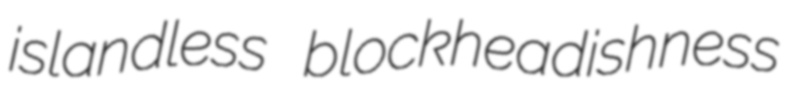
islandless blockheadishness